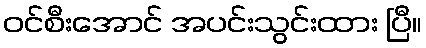
ဝင်စီးအောင် အပင်းသွင်းထား ပြီ။